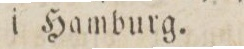
i Hamburg.